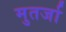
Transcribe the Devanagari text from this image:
मुतर्जा